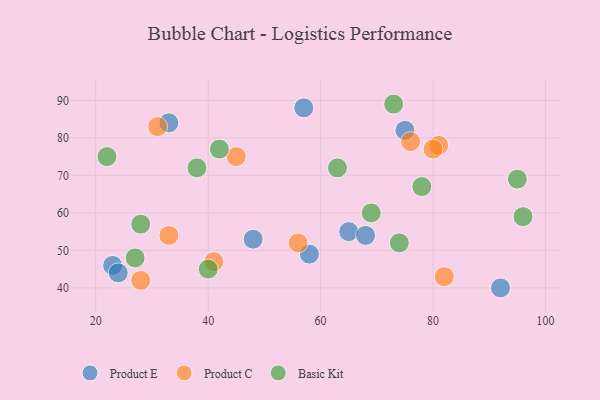
{"axis": {"x": "GDP", "y": "Life Expectancy"}, "legend": ["Basic Kit", "Product C", "Product E"], "data": [{"x": "65", "y": 55, "type": "Product E"}, {"x": "92", "y": 40, "type": "Product E"}, {"x": "48", "y": 53, "type": "Product E"}, {"x": "23", "y": 46, "type": "Product E"}, {"x": "75", "y": 82, "type": "Product E"}, {"x": "33", "y": 84, "type": "Product E"}, {"x": "58", "y": 49, "type": "Product E"}, {"x": "68", "y": 54, "type": "Product E"}, {"x": "57", "y": 88, "type": "Product E"}, {"x": "24", "y": 44, "type": "Product E"}, {"x": "33", "y": 54, "type": "Product C"}, {"x": "31", "y": 83, "type": "Product C"}, {"x": "56", "y": 52, "type": "Product C"}, {"x": "81", "y": 78, "type": "Product C"}, {"x": "28", "y": 42, "type": "Product C"}, {"x": "76", "y": 79, "type": "Product C"}, {"x": "45", "y": 75, "type": "Product C"}, {"x": "41", "y": 47, "type": "Product C"}, {"x": "80", "y": 77, "type": "Product C"}, {"x": "82", "y": 43, "type": "Product C"}, {"x": "74", "y": 52, "type": "Basic Kit"}, {"x": "40", "y": 45, "type": "Basic Kit"}, {"x": "28", "y": 57, "type": "Basic Kit"}, {"x": "42", "y": 77, "type": "Basic Kit"}, {"x": "95", "y": 69, "type": "Basic Kit"}, {"x": "78", "y": 67, "type": "Basic Kit"}, {"x": "69", "y": 60, "type": "Basic Kit"}, {"x": "27", "y": 48, "type": "Basic Kit"}, {"x": "22", "y": 75, "type": "Basic Kit"}, {"x": "96", "y": 59, "type": "Basic Kit"}, {"x": "73", "y": 89, "type": "Basic Kit"}, {"x": "38", "y": 72, "type": "Basic Kit"}, {"x": "63", "y": 72, "type": "Basic Kit"}]}